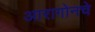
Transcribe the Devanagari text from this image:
आरागोनचे